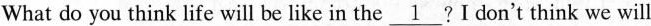
What do you think life will be like inthe \underline{1} ?I don't think we will